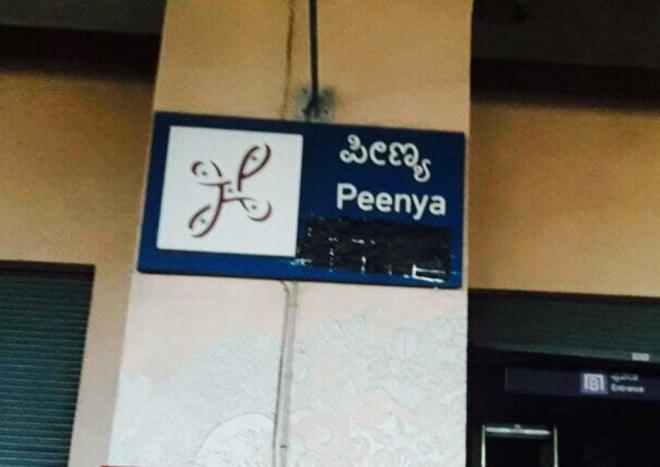
Language: kannada
Transcription: ಪೀಣ್ಯ